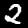
Label: 2